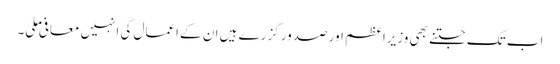
اب تک جتنے بھی وزیراعظم اور صدور گزرے ہیں ان کے اعمال کی انہیں معافی ملی۔